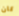
كان